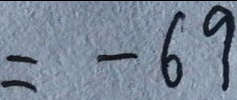
= - 6 9